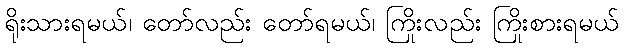
ရိုးသားရမယ်၊ တော်လည်း တော်ရမယ်၊ ကြိုးလည်း ကြိုးစားရမယ်